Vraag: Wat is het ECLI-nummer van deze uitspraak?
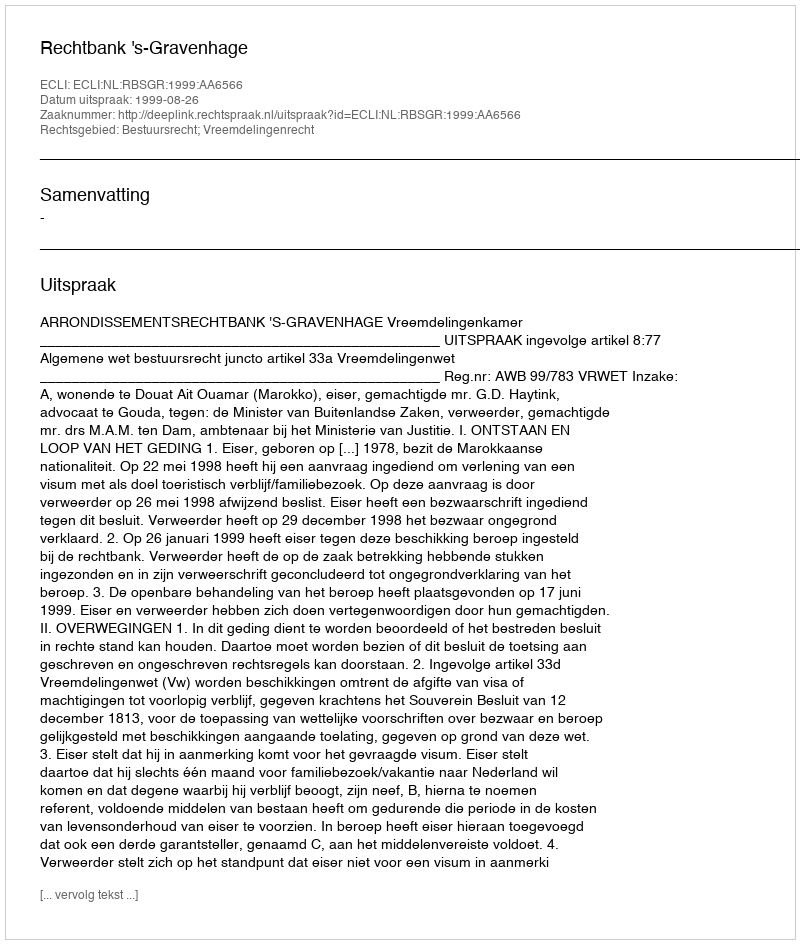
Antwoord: ECLI:NL:RBSGR:1999:AA6566